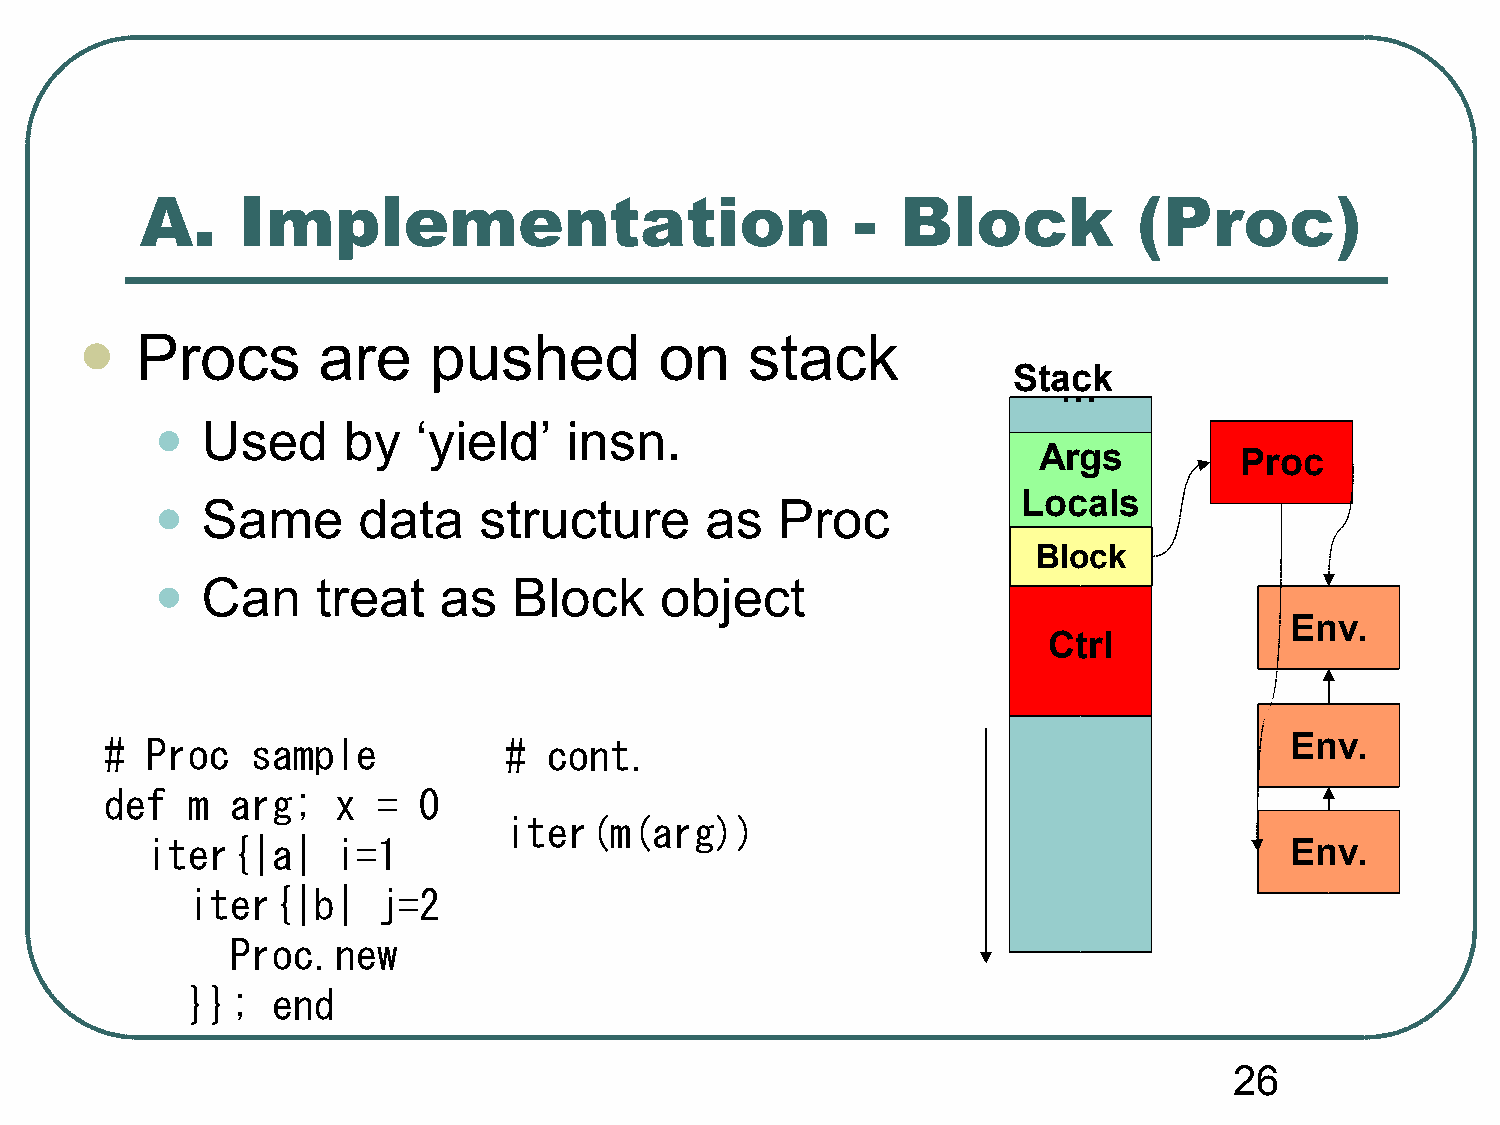
A.     Implementation                           -  Block          (Proc)
 Procs       are    pushed          on    stack
 
 Stack
 …
 •
 Used      by   ‘yield’   insn.
 Args         Proc
 •                                                         Locals
 Same       data    structure      as   Proc
 Block
 •
 Can     treat   as   Block     object
 Env.
 Ctrl
 #  Proc   sample          #  cont.                                            Env.
 def  m  arg;   x  =  0
 iter(m(arg))
 iter{|a|    i=1                                                            Env.
 iter{|b|     j=2
 Proc.new
 }};   end
 26